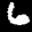
Label: 6